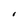
Character: i